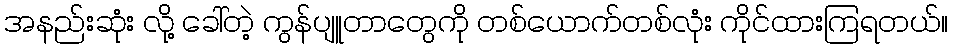
အနည်းဆုံး လို့ ခေါ်တဲ့ ကွန်ပျူတာတွေကို တစ်ယောက်တစ်လုံး ကိုင်ထားကြရတယ်။